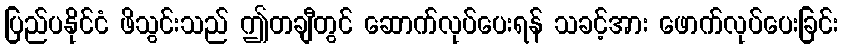
ပြည်ပနိုင်ငံ ဖိသွင်းသည် ဤတချီတွင် ဆောက်လုပ်ပေးရန် သခင့်အား ဖောက်လုပ်ပေးခြင်း